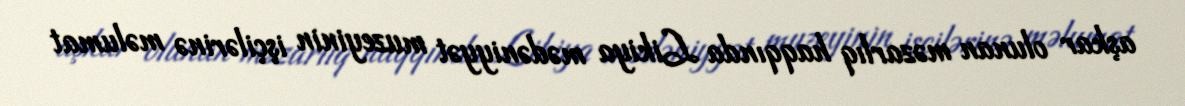
aşkar olunan məzarlıq haqqında Likiya mədəniyyət muzeyinin işçilərinə məlumat